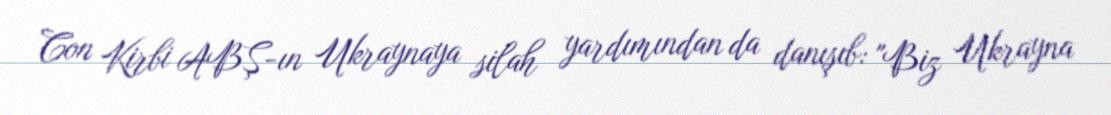
Con Kirbi ABŞ-ın Ukraynaya silah yardımından da danışıb: "Biz Ukrayna